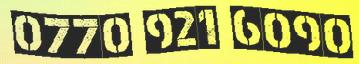
0770 921 6090